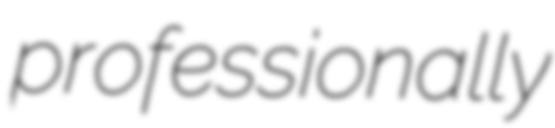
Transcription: professionally